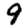
Digit: 9